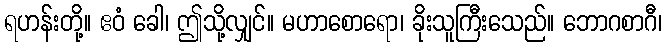
ရဟန်းတို့။ ဧဝံ ခေါ၊ ဤသို့လျှင်။ မဟာစောရော၊ ခိုးသူကြီးသေည်။ ဘောဂစာဂီ၊